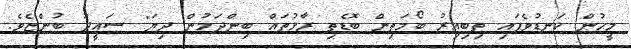
މީހުން ކަނޑުވެފައި ތިބިއިރު ބޯމަތިން ބޮޑެތި ރާޅުތައް ބިންދަމުން ދިޔަ" ސައީދު ބުންޏެވެ.